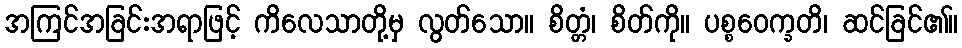
အကြင်အခြင်းအရာဖြင့် ကိလေသာတို့မှ လွတ်သော။ စိတ္တံ၊ စိတ်ကို။ ပစ္စဝေက္ခတိ၊ ဆင်ခြင်၏။